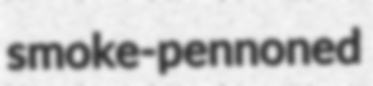
smoke-pennoned